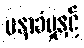
မနာခံမှုနှင့်